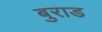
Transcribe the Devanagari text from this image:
बुराड